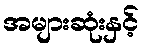
အများဆုံးနှင့်